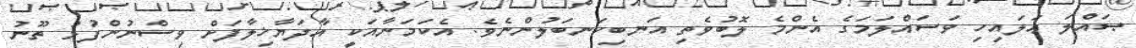
ޞައްލަ ޢަލައިހި ވަސައްލަމަގެ އެންމެ ލޮބުވެތި އަނބިކަނބަލުންނެވެ. އެކަމަނާއަކީ އާދަޔާޚިލާފަށް ވިސްނުންފުޅު ތޫނު